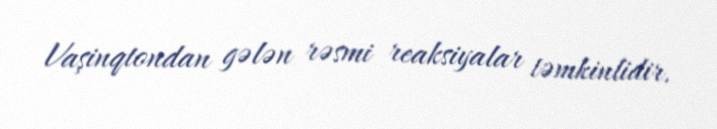
Vaşinqtondan gələn rəsmi reaksiyalar təmkinlidir.